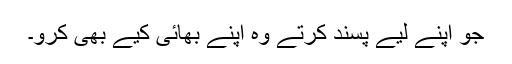
جو اپنے لیے پسند کرتے وہ اپنے بھائی کیے بھی کرو۔